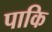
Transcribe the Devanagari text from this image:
पाकि